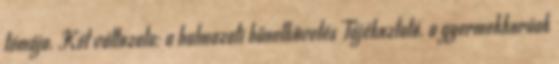
témája. Két változata: a halmazati bűnelkövetés Tájékoztató. a gyermekkorúak